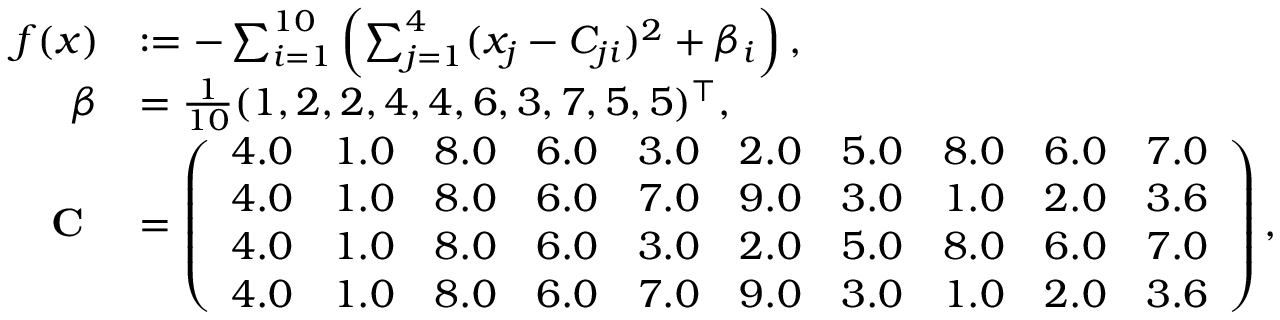
\begin{array} { r l } { f ( x ) } & { : = - \sum _ { i = 1 } ^ { 1 0 } \left( \sum _ { j = 1 } ^ { 4 } ( x _ { j } - C _ { j i } ) ^ { 2 } + \beta _ { i } \right) , } \\ { \beta } & { = \frac { 1 } { 1 0 } ( 1 , 2 , 2 , 4 , 4 , 6 , 3 , 7 , 5 , 5 ) ^ { \top } , } \\ { \textbf { C } } & { = \left( \begin{array} { l l l l l l l l l l } { 4 . 0 } & { 1 . 0 } & { 8 . 0 } & { 6 . 0 } & { 3 . 0 } & { 2 . 0 } & { 5 . 0 } & { 8 . 0 } & { 6 . 0 } & { 7 . 0 } \\ { 4 . 0 } & { 1 . 0 } & { 8 . 0 } & { 6 . 0 } & { 7 . 0 } & { 9 . 0 } & { 3 . 0 } & { 1 . 0 } & { 2 . 0 } & { 3 . 6 } \\ { 4 . 0 } & { 1 . 0 } & { 8 . 0 } & { 6 . 0 } & { 3 . 0 } & { 2 . 0 } & { 5 . 0 } & { 8 . 0 } & { 6 . 0 } & { 7 . 0 } \\ { 4 . 0 } & { 1 . 0 } & { 8 . 0 } & { 6 . 0 } & { 7 . 0 } & { 9 . 0 } & { 3 . 0 } & { 1 . 0 } & { 2 . 0 } & { 3 . 6 } \end{array} \right) , } \end{array}